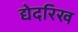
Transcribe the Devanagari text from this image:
द्येदरिख